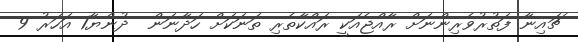
ޗައިނާ ފަތުރުވެރިންނަށް ރާއްޖެއަކީ ރައްކާތެރި ތަނަކަށް ހަދާނަން  ދުންޔާ1 އަހަރު 9